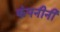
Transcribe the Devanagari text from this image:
कंपनीनी